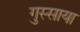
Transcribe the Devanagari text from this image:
गुस्साया